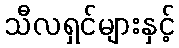
သီလရှင်များနှင့်